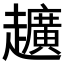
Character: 𮛀